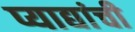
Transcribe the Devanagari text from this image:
प्याद्यांची